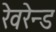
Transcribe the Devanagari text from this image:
रेवरेन्ड